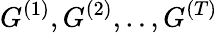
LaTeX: G^{(1)},G^{(2)},..,G^{(T)}